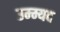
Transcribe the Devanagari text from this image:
उम्म्यद